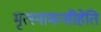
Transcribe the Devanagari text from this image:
मृत्स्नामत्सीहेति